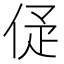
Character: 𠈴